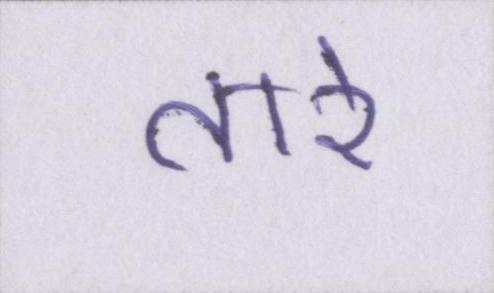
तारे